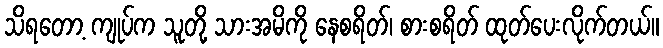
သိရတော့ ကျုပ်က သူတို့ သားအမိကို နေစရိတ်၊ စားစရိတ် ထုတ်ပေးလိုက်တယ်။